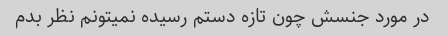
در مورد جنسش چون تازه دستم رسیده نمیتونم نظر بدم